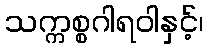
သက္ကစ္စဂါရဝါနှင့်၊